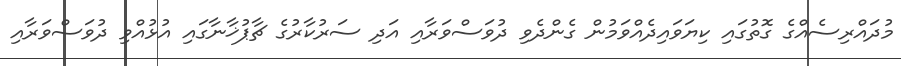
މުދައްރިސެއްގެ ގޮތުގައި ކިޔަވައިދެއްވަމުން ގެންދެވި ދުވަސްވަރާއި އަދި ސަރުކާރުގެ ޗާޕުޚާނާގައި އުޅުއްވި ދުވަސްވަރާއި